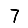
Digit: 7